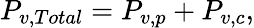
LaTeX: P_{v,Total}=P_{v,p}+P_{v,c},